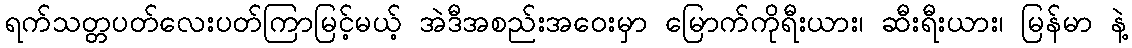
ရက်သတ္တပတ်လေးပတ်ကြာမြင့်မယ့် အဲဒီအစည်းအဝေးမှာ မြောက်ကိုရီးယား၊ ဆီးရီးယား၊ မြန်မာ နဲ့